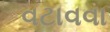
વટાવવા